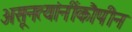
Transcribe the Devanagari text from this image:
असूनत्यांनींकौपीन